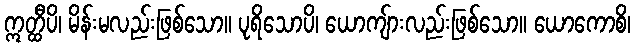
ဣတ္ထီပိ၊ မိန်းမလည်းဖြစ်သော။ ပုရိသောပိ၊ ယောကျ်ားလည်းဖြစ်သော။ ယောကောစိ၊